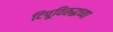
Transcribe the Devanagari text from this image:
टिपूविरूद्धच्या